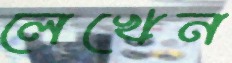
লেখেন